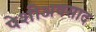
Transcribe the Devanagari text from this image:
पेशीअवसाद